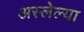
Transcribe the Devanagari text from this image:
अस्लेल्या